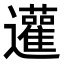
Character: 𨙕